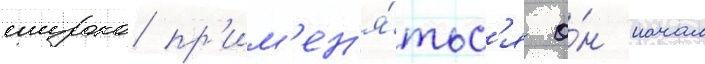
широко пр'им'ен'я́тьс'я о́н начал